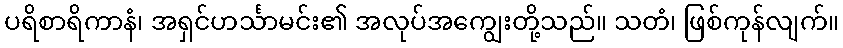
ပရိစာရိကာနံ၊ အရှင်ဟင်္သာမင်း၏ အလုပ်အကျွေးတို့သည်။ သတံ၊ ဖြစ်ကုန်လျက်။